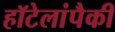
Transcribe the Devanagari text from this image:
हॉटेलांपैकी